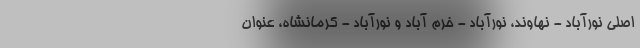
اصلی نورآباد - نهاوند، نورآباد - خرم آباد و نورآباد - کرمانشاه، عنوان